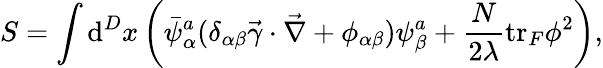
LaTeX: S=\int\mathrm{d}^{D}x\left(\bar{{\psi}}_{\alpha}^{a}(\delta_{\alpha\beta}\vec{{\gamma}}\cdot\vec{{\nabla}}+\phi_{\alpha\beta})\psi_{\beta}^{a}+\frac{{N}}{{2\lambda}}\mathrm{{tr}}_{F}\phi^{2}\right),